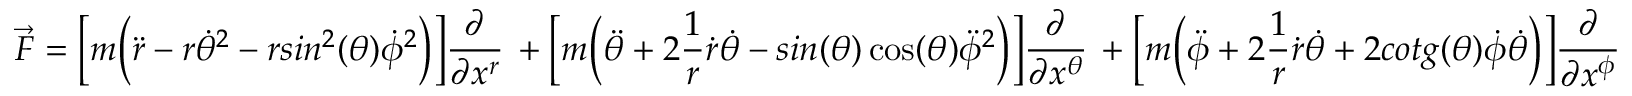
\vec { F } = \Big [ m \Big ( \ddot { r } - r \dot { \theta } ^ { 2 } - r s i n ^ { 2 } ( \theta ) \dot { \phi } ^ { 2 } \Big ) \Big ] \frac { \partial } { \partial x ^ { r } } \, + \Big [ m \Big ( \ddot { \theta } + 2 \frac { 1 } { r } \dot { r } \dot { \theta } - s i n ( \theta ) \cos ( \theta ) \ddot { \phi } ^ { 2 } \Big ) \Big ] \frac { \partial } { \partial x ^ { \theta } } \, + \Big [ m \Big ( \ddot { \phi } + 2 \frac { 1 } { r } \dot { r } \dot { \theta } + 2 c o t g ( \theta ) \dot { \phi } \dot { \theta } \Big ) \Big ] \frac { \partial } { \partial x ^ { \phi } }